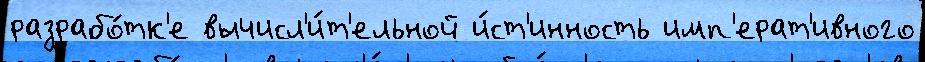
разрабо́тк'е вычисл'и́т'ельной и́ст'инность имп'ерат'ивного